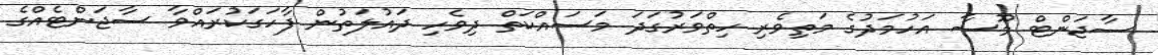
ސާޖަންޓް މޫސާ އަހުމަދުގެ މަތިވެރި ހިތްވަރުގަދަ މަސައްކަތް ދިވެހި ދައުލަތުން ފާހަގަކުރައްވާ ސާޖަންޓެއްގެ